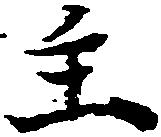
主